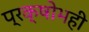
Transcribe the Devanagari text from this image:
प्रक्षोभही